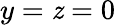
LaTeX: y=\mathit{z}=0